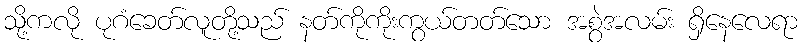
သို့ကလို ပုဂံခေတ်လူတို့သည် နတ်ကိုကိုးကွယ်တတ်သော အစွဲအလမ်း ရှိနေလေရာ